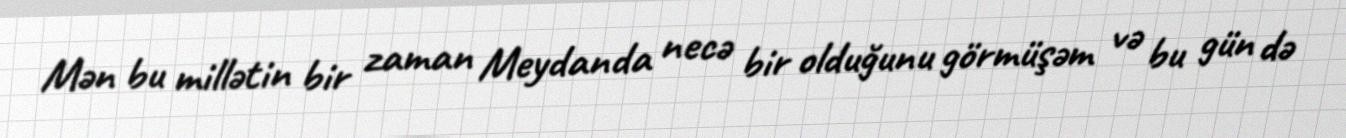
Mən bu millətin bir zaman Meydanda necə bir olduğunu görmüşəm və bu gün də